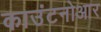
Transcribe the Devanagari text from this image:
काउंटनोआर